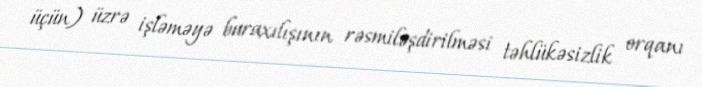
üçün) üzrə işləməyə buraxılışının rəsmiləşdirilməsi təhlükəsizlik orqanı